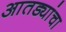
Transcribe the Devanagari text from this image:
आतड्यांचा